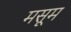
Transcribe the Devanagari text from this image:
मसूम